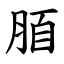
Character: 脜